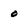
Character: o